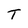
Character: T